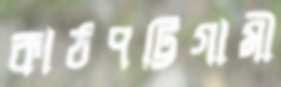
কাঠপট্টিগামী